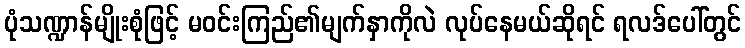
ပုံသဏ္ဍာန်မျိုးစုံဖြင့် မဝင်းကြည်၏မျက်နှာကိုလဲ လုပ်နေမယ်ဆိုရင် ရလဒ်ပေါ်တွင်